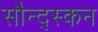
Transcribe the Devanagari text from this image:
सौन्द्स्कन